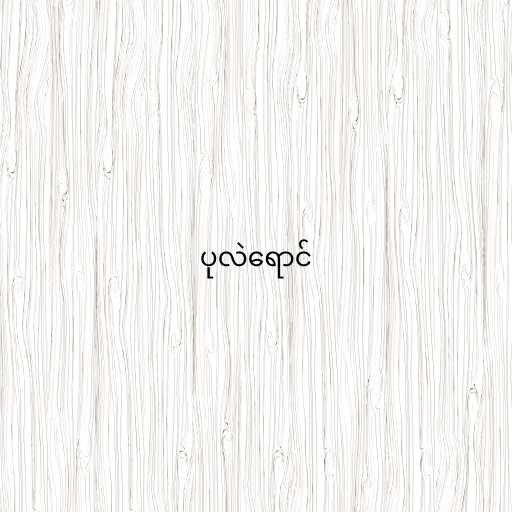
ပုလဲရောင်